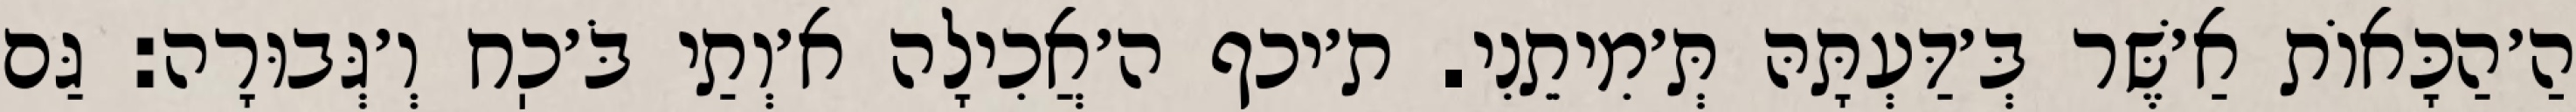
הַ׳הַכָּאוֹת אַ׳שֶּׁר בְּ׳דַּעְתָּהּ תְּ׳מִיתֵנִי. ת׳יכף ה׳אֲכִילָה א׳וְתַי בֹּ׳כֽח וְ׳גְּבוּרָה: גַּם